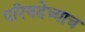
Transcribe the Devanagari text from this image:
परिषदेच्याच